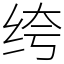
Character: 绔